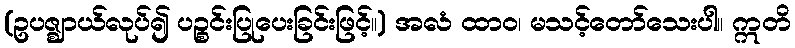
(ဥပဇ္ဈာယ်လုပ်၍ ပဉ္စင်းပြုပေးခြင်းဖြင့်။) အလံ ထာဝ၊ မသင့်တော်သေးပါ။ ဣတိ